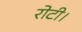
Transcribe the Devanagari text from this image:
रोटी।